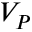
V _ { P }